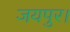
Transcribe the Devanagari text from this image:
जयपुर।